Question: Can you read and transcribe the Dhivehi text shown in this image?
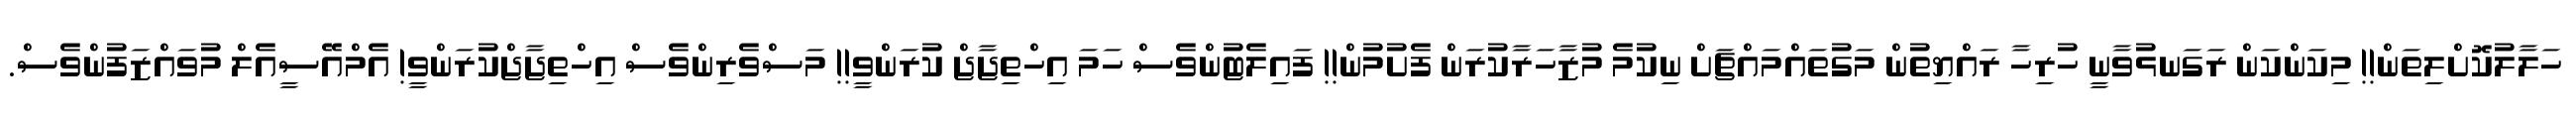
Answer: ހަލާލުކޮށްލިތަން!! މިކަންކަން ރަގަނޅުވާނީ ހުރިހާ ރައްޔިތުން މަގުތައްމައްޗަށް ނިކުމެ މުޒާހަރާކުރަން ފެށުމުން!! ފައިލެޓުންވެސް ހަމަ އިހްތިޖާޖް ކުރަންވީ!! މަސްވެރިންވެސް އިހްތިޖާޖްކުރަންވީ! އެމްއޭސީއެލް މުވައްޒަފުންވެސް.